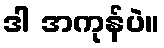
ဒါ အကုန်ပဲ။